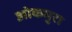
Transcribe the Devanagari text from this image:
ओकमुरा